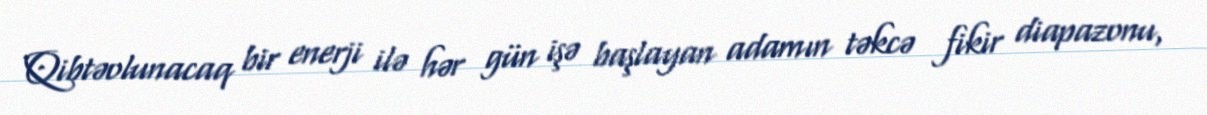
Qibtəolunacaq bir enerji ilə hər gün işə başlayan adamın təkcə fikir diapazonu,